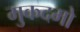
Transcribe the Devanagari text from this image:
मुकदमो